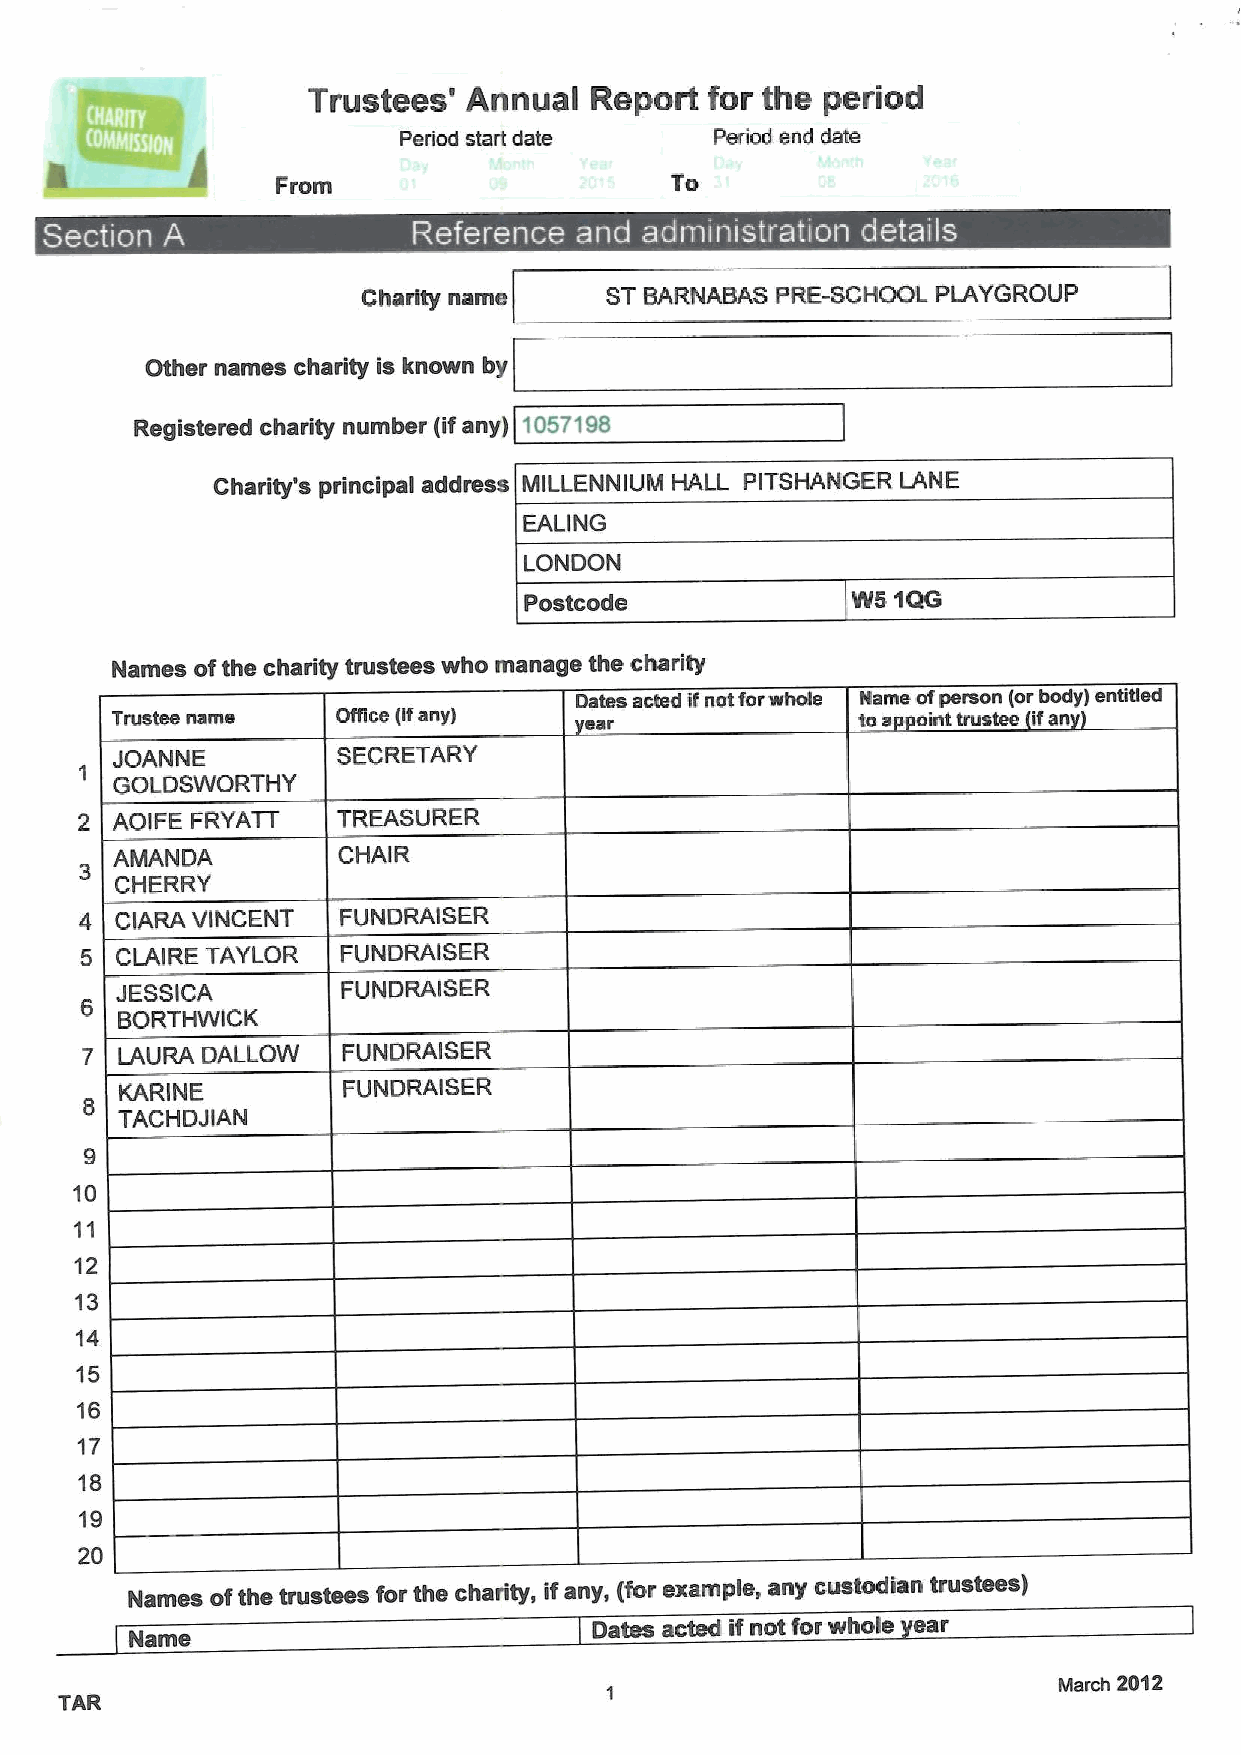
Trustees'  Annual  Report  for the period
 Period start date    Period end date
 To
 Charity name    ST BARNABAS PRE-SCHOOL PLAYGROUP
 Other names charity is known by
 Registered charity number (ifany) 1057198
 Charity's principal address MILLENNIUM HALL PITSHANGER LANE
 EALING
 LONDON
 Postcode             W5 1QG
 Names ofthe charity trustees who manage the charity
 Dates acted ifnot forwhole Name ofperson (orbody) enbtled
 Trusbw name    ONce (ifany)     ear               to a int trustee ifan
 JOANNE         SECRETARY
 1
 GOLDSWORTHY
 2 AOIFE FRYATT   TREASURER
 AMANDA         CHAIR
 CHERRY
 4  CIARA VINCENT FUNDRAISER
 5  CLAIRE TAYLOR FUhlDRAISER
 JESSICA        FUNDRAISER
 6
 BORTHWICK
 7  LAURA DALLOW   FUNDRAISER
 KARINE         FUNDRAISER
 TACHDJIAN
 9
 10
 11
 12
 13
 14
 15
 16
 17
 18
 19
 20
 Names ofthe trustees for the charity, ifany, (for example, any custodian trustees)
 Dates acted if not for whole ear
 Name
 March 2012
 TAR